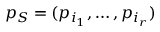
p _ { S } = ( p _ { i _ { 1 } } , \ldots , p _ { i _ { r } } )